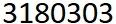
3180303